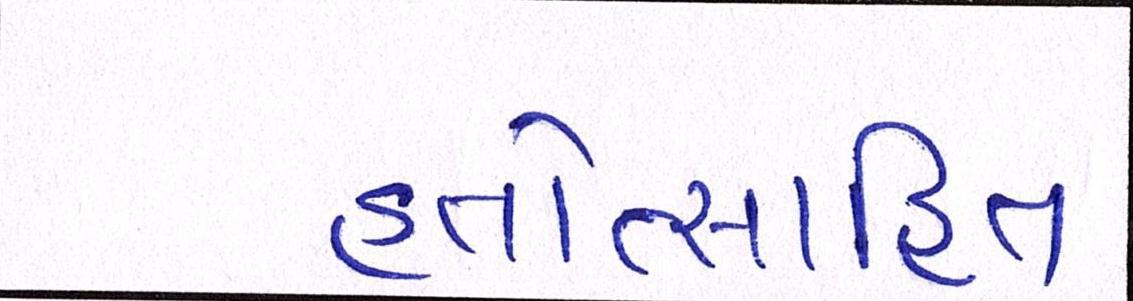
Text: હતોત્સાહિત